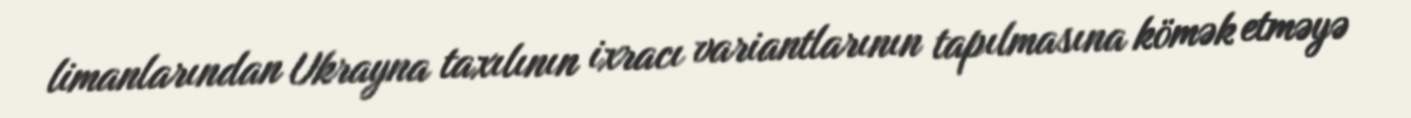
limanlarından Ukrayna taxılının ixracı variantlarının tapılmasına kömək etməyə